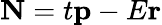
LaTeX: \mathbf{N}=t\mathbf{p}-E\mathbf{r}